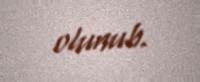
olunub.